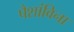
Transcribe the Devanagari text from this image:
पैशांविना